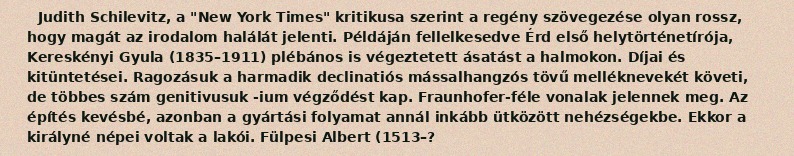
Judith Schilevitz, a "New York Times" kritikusa szerint a regény szövegezése olyan rossz, hogy magát az irodalom halálát jelenti. Példáján fellelkesedve Érd első helytörténetírója, Kereskényi Gyula (1835–1911) plébános is végeztetett ásatást a halmokon. Díjai és kitüntetései. Ragozásuk a harmadik declinatiós mássalhangzós tövű melléknevekét követi, de többes szám genitivusuk -ium végződést kap. Fraunhofer-féle vonalak jelennek meg. Az építés kevésbé, azonban a gyártási folyamat annál inkább ütközött nehézségekbe. Ekkor a királyné népei voltak a lakói. Fülpesi Albert (1513–?